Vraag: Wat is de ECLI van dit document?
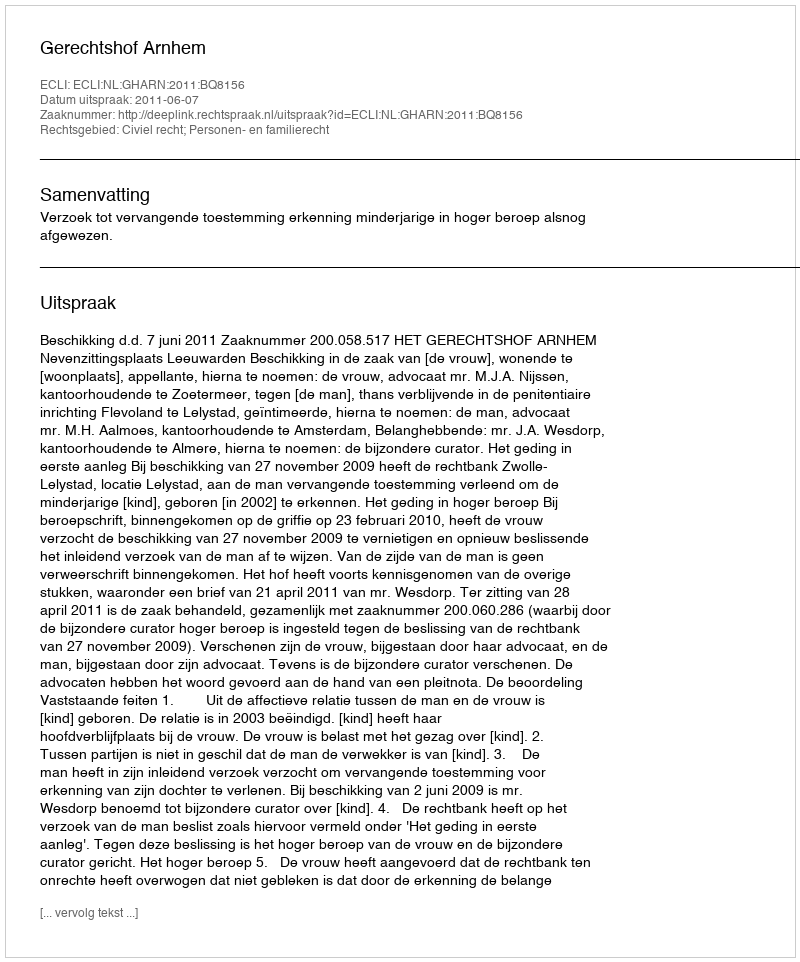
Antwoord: ECLI:NL:GHARN:2011:BQ8156